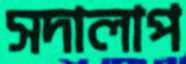
সদালাপ